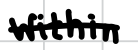
Text: within
Cross-out: single-line
Writing tool: digital_black